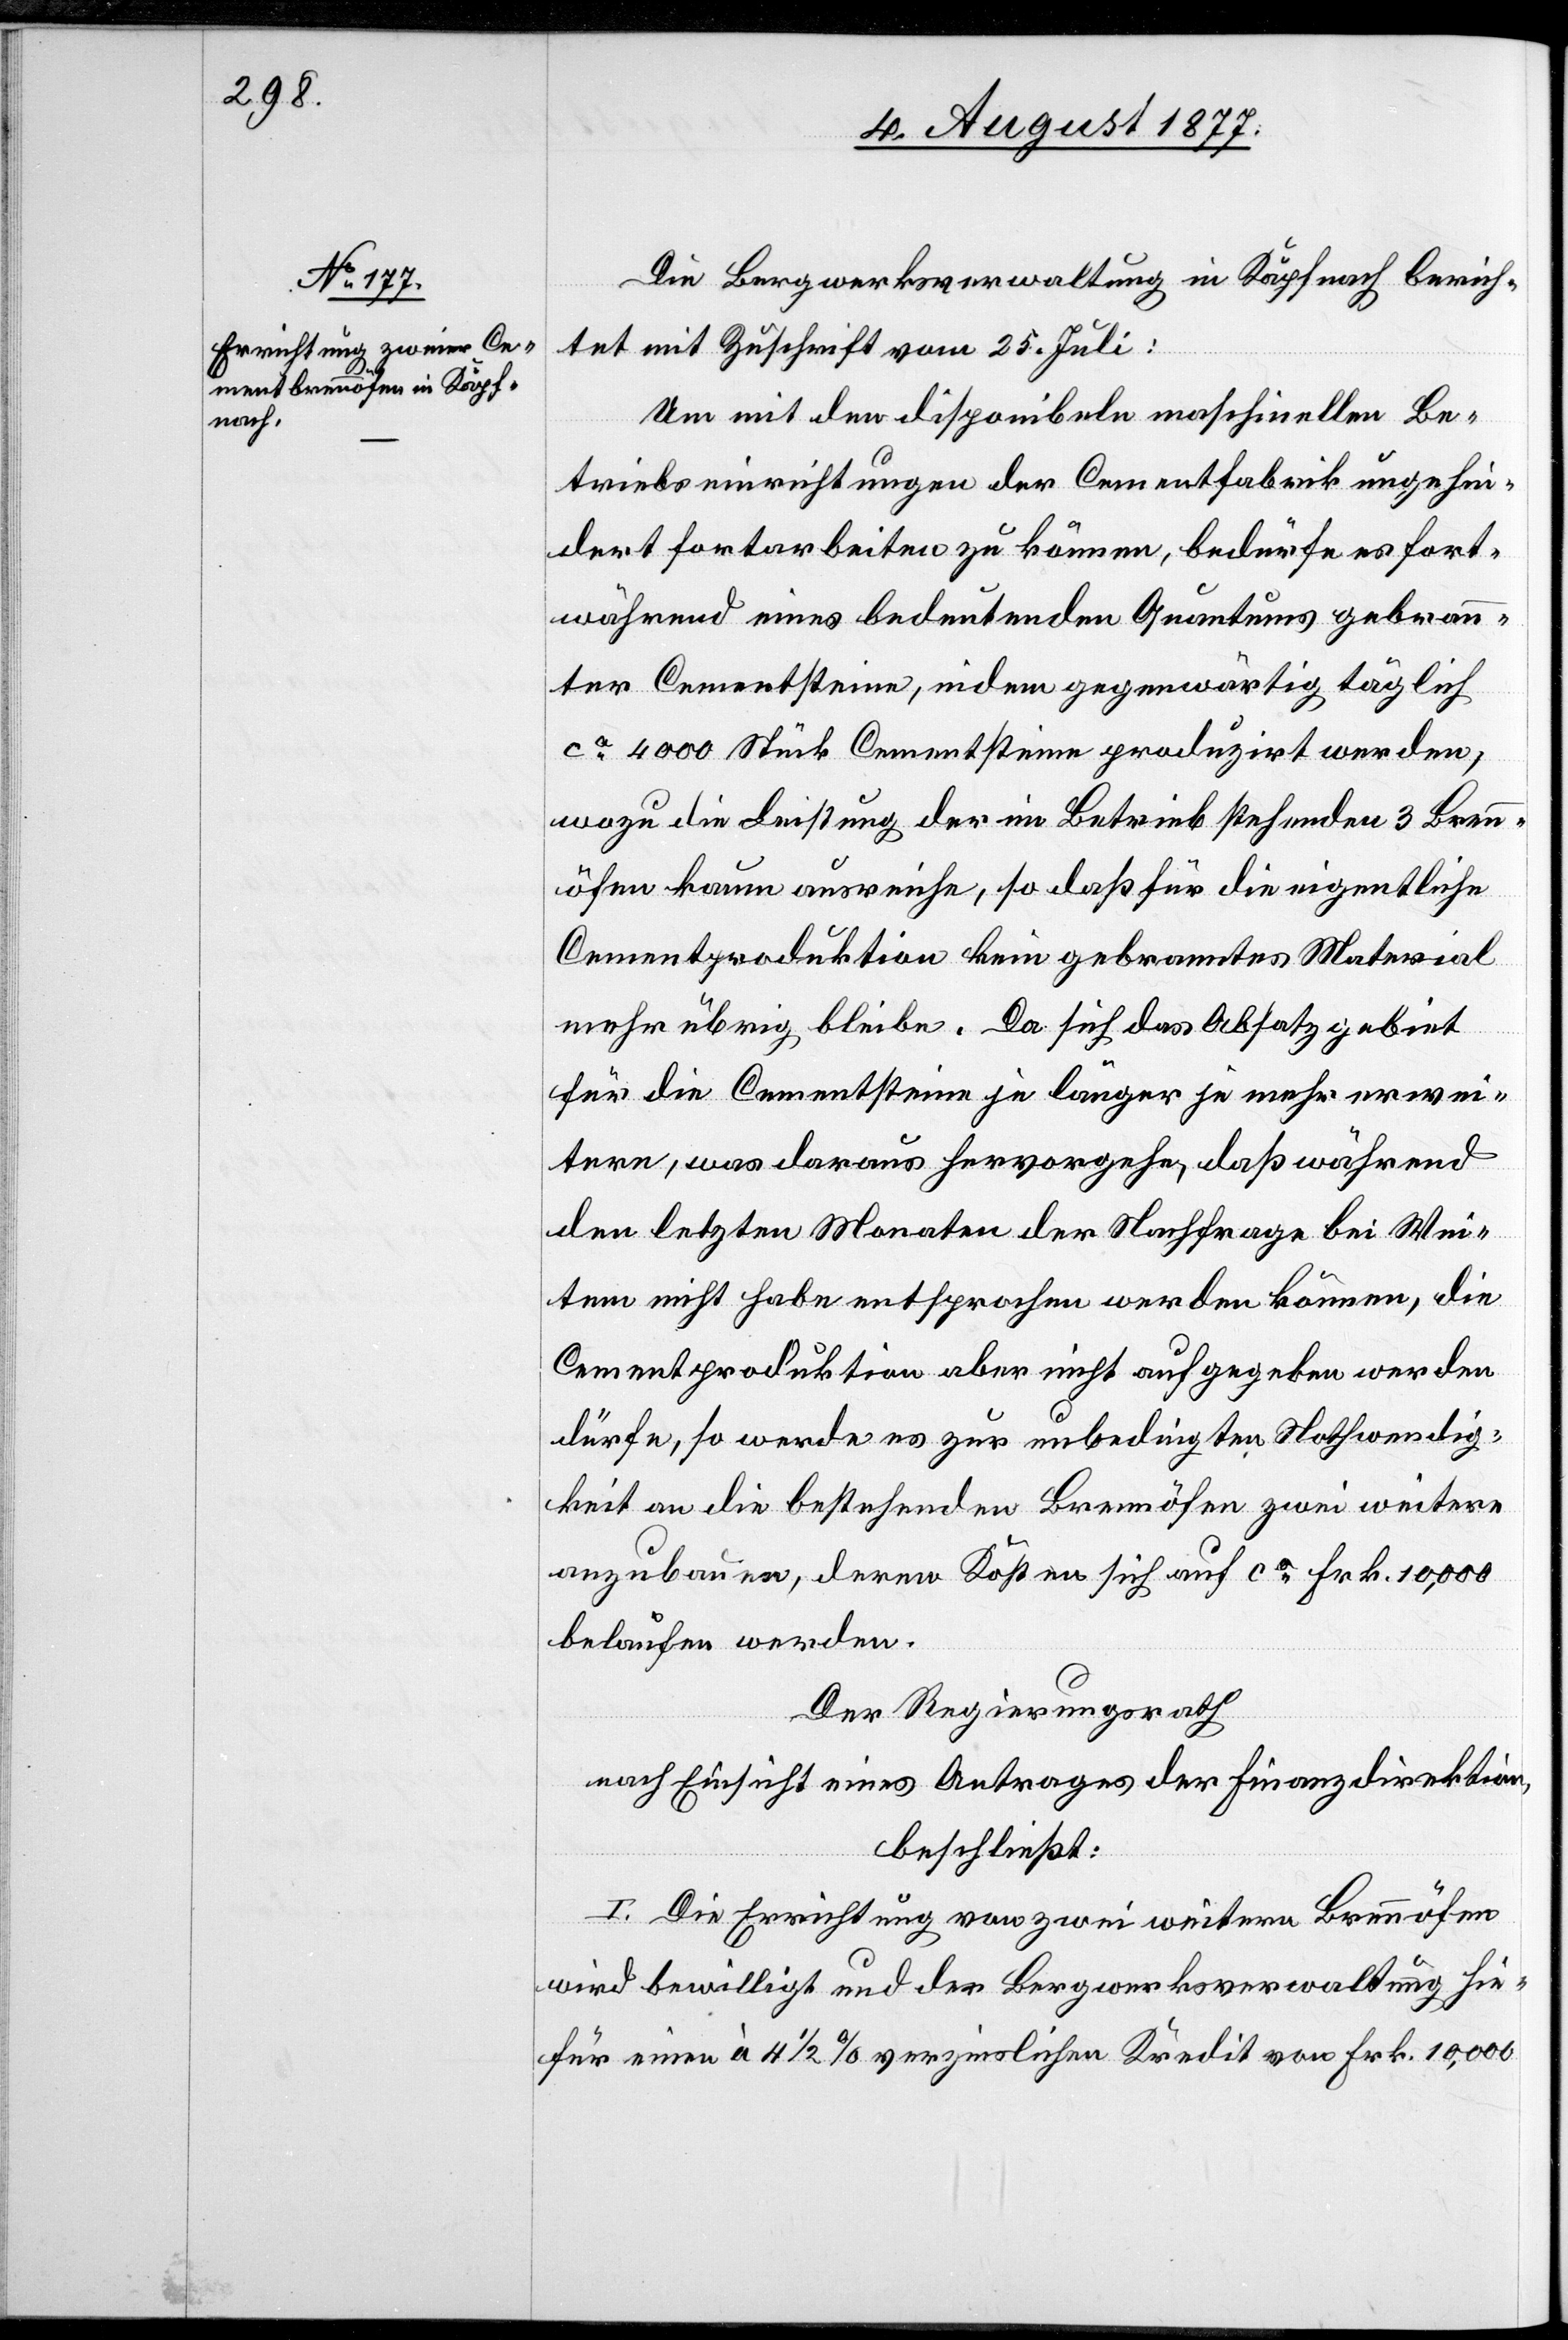
Die Bergwerksverwaltung in Käpfnach berich¬
tet mit Zuschrift vom 25. Juli:
Um mit den disponibeln maschinellen Be¬
triebseinrichtungen der Cementfabrik ungehin¬
dert fortarbeiten zu können, bedürfe es fort¬
während eines bedeutenden Quantums gebrann¬
ter Cementsteine, indem gegenwärtig täglich
ca 4000 Stück Cementsteine produzirt werden,
wozu die Leistung der im Betrieb stehenden 3 Brenn¬
öfen kaum ausreiche, so daß für die eigentliche
Cementproduktion kein gebranntes Material
mehr übrig bleibe. Da sich das Absatzgebiet
für die Cementsteine je länger je mehr erwei¬
tere, was daraus hervorgehe, daß während
den letzten Monaten der Nachfrage bei Wei¬
tem nicht habe entsprochen werden können, die
Cementproduktion aber nicht aufgegeben werden
dürfe, so werde es zur unbedingten Nothwendig¬
keit an die bestehenden Brennöfen zwei weitere
anzubauen, deren Kosten sich auf ca Frk. 10,000
belaufen werden.
Der Regierungsrath
nach Einsicht eines Antrages der Finanzdirektion,
beschließt:
I. Die Errichtung von zwei weitern Brennöfen
wird bewilligt und der Bergwerksverwaltung hie¬
für einen à 4 1/2 % verzinslichen Kredit von Frk. 10,000